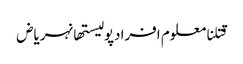
قتلنامعلوم افرادپولیستھانہریاض